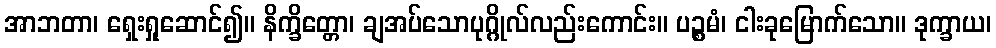
အာဘတာ၊ ရှေးရှုဆောင်၍။ နိက္ခိတ္တော၊ ချအပ်သောပုဂ္ဂိုလ်လည်းကောင်း။ ပဉ္စမံ၊ ငါးခုမြောက်သော။ ဒုက္ခာယ၊